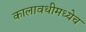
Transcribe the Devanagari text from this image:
कालावधीमध्येच